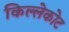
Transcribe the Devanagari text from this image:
किल्लेकोट